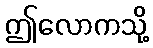
ဤလောကသို့